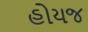
હોયજ